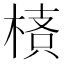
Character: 𣖌